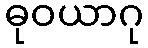
ဓုဝယာဂု